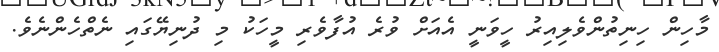
މާހިން ހިނިތުންވެލިއިރު ހީވަނީ އެއަށް ވުރެ އުފާވެރި މީހަކު މި ދުނިޔޭގައި ނެތްހެންނެވެ.